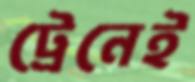
ট্রেনেই